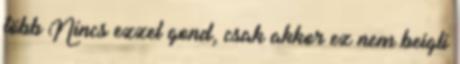
több Nincs ezzel gond, csak akkor ez nem beigli